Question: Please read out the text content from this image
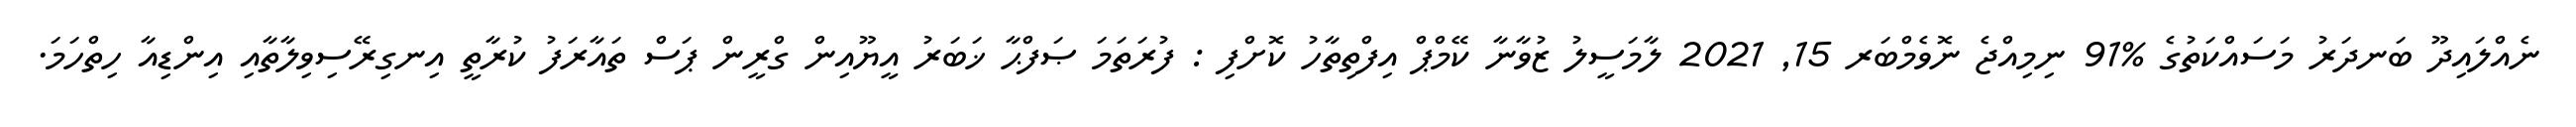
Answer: ނެއްލައިދޫ ބަނދަރު މަސައްކަތުގެ %91 ނިމިއްޖެ ނޮވެމްބަރ 15, 2021 ލާމަސީލު ޒުވާނާ ކޭމްޕް އިފްތިތާހު ކޮށްފި : ފުރަތަމަ ޞަފްޙާ ޚަބަރު އީޔޫއިން ގްރީން ޕަސް ތައާރަފު ކުރާތީ އިނގިރޭސިވިލާތާއި އިންޑިއާ ހިތްހަމަ.